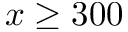
x \geq 3 0 0